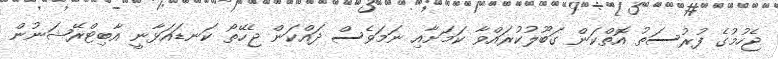
ޖެހުމުގެ ފުރުސަތު އޮތްކަން ގަބޫލުކުރައްވާ ކަމަށާއި ނަމަވެސް ދައްކަން ޖެހޭތޯ ކަނޑައަޅާނީ އާބިޓްރޭޝަނުން